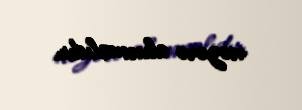
nəzərə alınmalıdır.